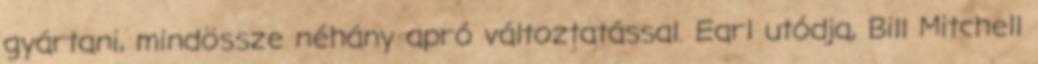
gyártani, mindössze néhány apró változtatással. Earl utódja, Bill Mitchell